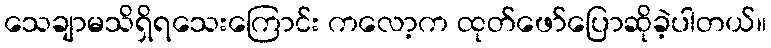
သေချာမသိရှိရသေးကြောင်း ကလော့က ထုတ်ဖော်ပြောဆိုခဲ့ပါတယ်။